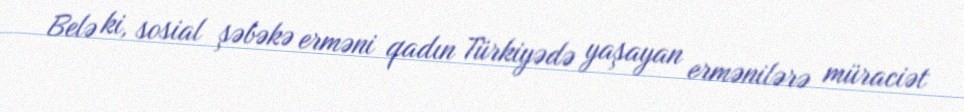
Belə ki, sosial şəbəkə erməni qadın Türkiyədə yaşayan ermənilərə müraciət